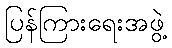
ပြန်ကြားရေးအဖွဲ့